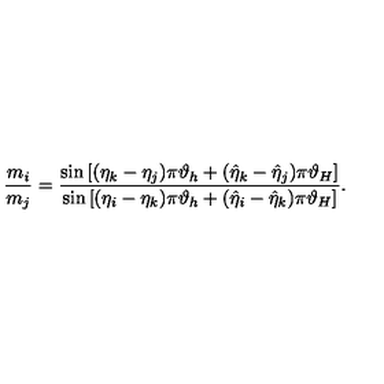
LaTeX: \frac { m _ { i } } { m _ { j } } = \frac { \sin \left[ ( \eta _ { k } - \eta _ { j } ) \pi \vartheta _ { h } + ( \hat { \eta } _ { k } - \hat { \eta } _ { j } ) \pi \vartheta _ { H } \right] } { \sin \left[ ( \eta _ { i } - \eta _ { k } ) \pi \vartheta _ { h } + ( \hat { \eta } _ { i } - \hat { \eta } _ { k } ) \pi \vartheta _ { H } \right] } .